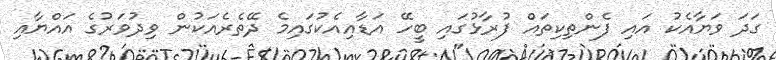
ގަދަ ވަޔާއެކު އައި ފެންތިކިތައް ފުރާޅުގައި ބީހޭ އަޑާއިއެކުގައިމެ ދޭތެރެއަކުން ވިދުވަރުގެ އައްޔާއި